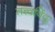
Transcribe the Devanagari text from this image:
तत्त्वविंदु